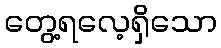
တွေ့ရလေ့ရှိသော